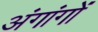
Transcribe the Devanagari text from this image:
अंगांगों